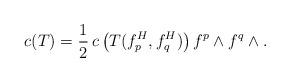
LaTeX: \begin{align*}c(T)=\frac{1}{2}\,c\left(T(f_p^H, f_q^H)\right)f^p\wedge f^q\wedge.\end{align*}